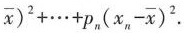
$$\overline{x})^{2}+ \cdots +p_{n}(x_{n}- \overline{x})^{2}$$ .